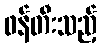
ဖန်တီးသည့်